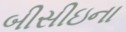
બીસીઇના